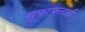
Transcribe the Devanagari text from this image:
सुपरफ्लाई